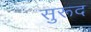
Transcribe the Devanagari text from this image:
सुरूद